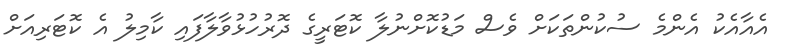
އެއާއެކު އެންމެ ސުކުންތަކަށް ވެސް މަޑުކޮށްނުލާ ކޮޓަރީގެ ދޮރުހުޅުވާލާފައި ކާމިލު އެ ކޮޓަރިއަށް